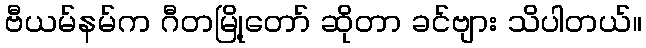
ဗီယမ်နမ်က ဂီတမြို့တော် ဆိုတာ ခင်ဗျား သိပါတယ်။